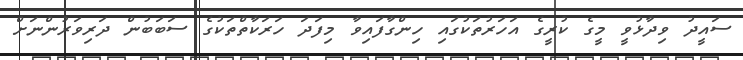
ސައީދު ވިދާޅުވީ މީގެ ކުރީގެ އަހަރުތަކުގައި ހިންގާފައިވާ މިފަދަ ހަރަކާތްތަކުގެ ސަބަބުން ދަރިވަރުންނަށް